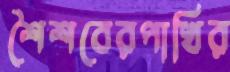
শৈশবেরপাখির